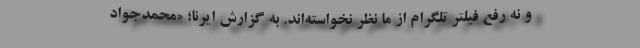
و نه رفع فیلتر تلگرام از ما نظر نخواسته‌اند. به گزارش ایرنا؛ «محمدجواد